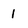
Character: 1